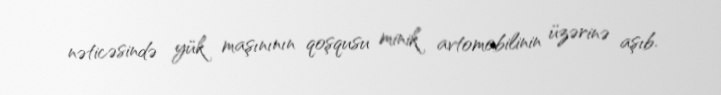
nəticəsində yük maşınının qoşqusu minik avtomobilinin üzərinə aşıb.